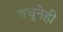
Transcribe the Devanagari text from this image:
वधूनेही